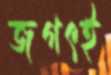
জগৎই